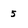
Character: 5